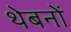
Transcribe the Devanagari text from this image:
थेबनों